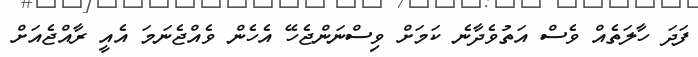
ފަދަ ހާލަތެއް ވެސް އަތުވެދާނެ ކަމަށް ވިސްނަންޖެހޭ އެހެން ވެއްޖެނަމަ އެއީ ރާއްޖެއަށް